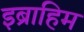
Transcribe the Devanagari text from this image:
इब्राहिम